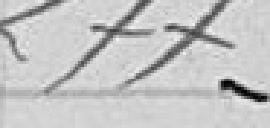
277